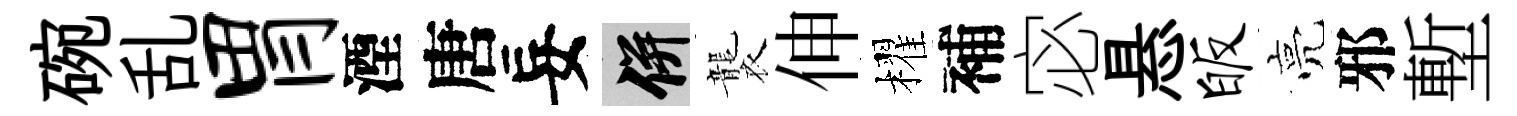
碗乱胃湮唐妄并襲伸櫂補宓悬皈亮邪塹